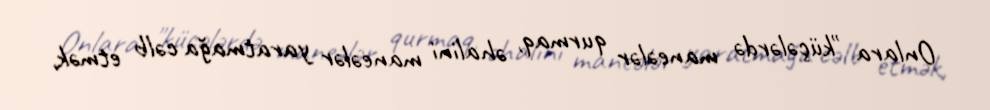
Onlara "küçələrdə maneələr qurmaq, əhalini maneələr yaratmağa cəlb etmək,